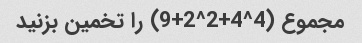
مجموع (4^4+2^2+9) را تخمین بزنید